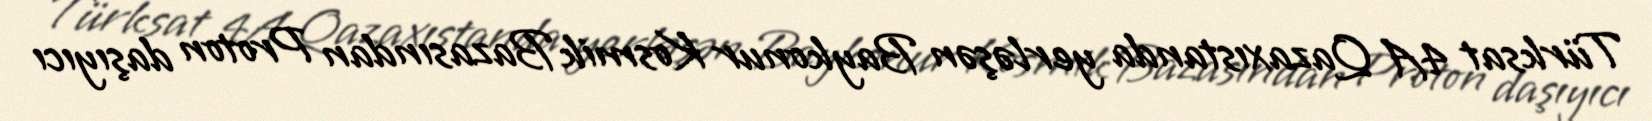
Türksat 4A Qazaxıstanda yerləşən Baykonur Kosmik Bazasından Proton daşıyıcı